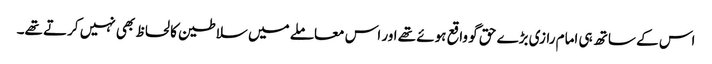
اس کے ساتھ ہی امام رازی بڑے حق گو واقع ہوئے تھے اور اس معاملے میں سلاطین کا لحاظ بھی نہیں کرتے تھے۔